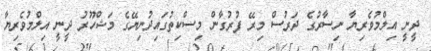
ދީނީ އިލްމުވެރިޔާ ނިސާރުގެ ދަރުސް މިރޭ ފުރުގާން މިސްކިތުގައިދުނިޔޭގެ މަޝްހޫރު ދީނީ އިލްމުވެރިޔާ